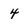
Character: 4